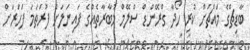
ބާޑިޗްގެ މައްޗަށް ކުރި ހޯދާ ގްރޭންޑް ސްލޭމް މުބާރާތެއްގެ ފައިނަލަށް ފުރަތަމަ ފަހަރަށް